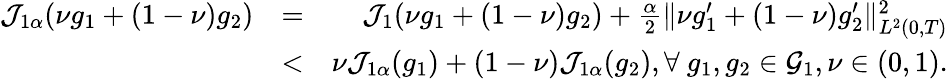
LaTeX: \begin{array}{rlr}{\mathcal{J}_{1\alpha}(\nu g_{1}+(1-\nu)g_{2})}&{=}&{\mathcal{J}_{1}(\nu g_{1}+(1-\nu)g_{2})+\frac{\alpha}{2}\Vert\nu g_{1}^{\prime}+(1-\nu)g_{2}^{\prime}\Vert_{L^{2}(0,T)}^{2}}\\ &{<}&{\nu\mathcal{J}_{1\alpha}(g_{1})+(1-\nu)\mathcal{J}_{1\alpha}(g_{2}),\forall\ g_{1},g_{2}\in\mathcal{G}_{1},\nu\in(0,1).}\end{array}